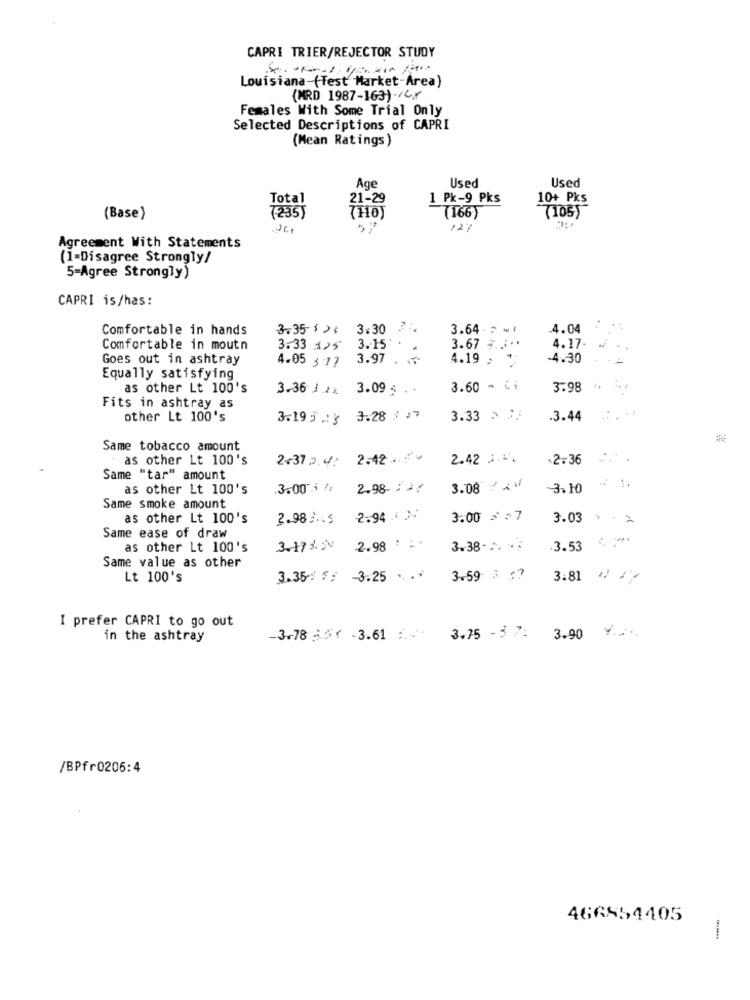
CAPRI TRIER/REJECTOR STUDY
Louisiana-(Test Market-Area)
(MRD 1987-163)-/Cx
Females With Some Trial Only
Selected Descriptions of CAPRI
(Mean Ratings)
Age
Used
Used
Total
21-29
1 Pk-9 Pks
10+ Pks
(166)
7105)
(Base)
7235)
7110
12%
Agreement With Statements
(1-Disagree Strongly/
5=Agree Strongly)
CAPRI is/has:
Comfortable in hands
3.35 1 23 3.30
3.64 - w/
4.04
Comfortable in mouth
3.33 125
3 .- 15
3.67 ;.. ..
4.17.
Goes out in ashtray
4.05 3 17
3.97 . +
4.19 > *:
-4.30
Equally satisfying
as other Lt 100's
3-36.3.22
3.09 ; . .
3.60 - ¢i
3.98
Fits in ashtray as
other Lt 100's
3.19 3 23
3.28 $ 27
3.33 5 3.
.3.44
Same tobacco amount
as other Lt 100's
2-37 2.4.
2.42 v
2.42 .1.1.
.2.36
Same "tar" amount
as other Lt 100's
.3.00; /;
2.98-12
3.08 # x *
3.10
Same smoke amount
as other Lt 100's
2.983.5
2.94 )
3.00 = = 7
3.03 > 2
Same ease of draw
as other Lt 100's
3.173.20
2.98 ' : *
3.38-2. · 5
.3.53
Same value as other
Lt 100's
3.35 : 5 : 3.25 . .*
3.59 3 :?
3.81 // /
I prefer CAPRI to go out
in the ashtray
-3-78 3.51 -3.61 .
3.75 - 3 7: 3.90
/BPfr0206:4
466X54405